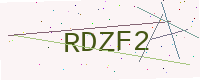
Text: RDZF2